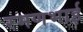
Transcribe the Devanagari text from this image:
रमणभाई